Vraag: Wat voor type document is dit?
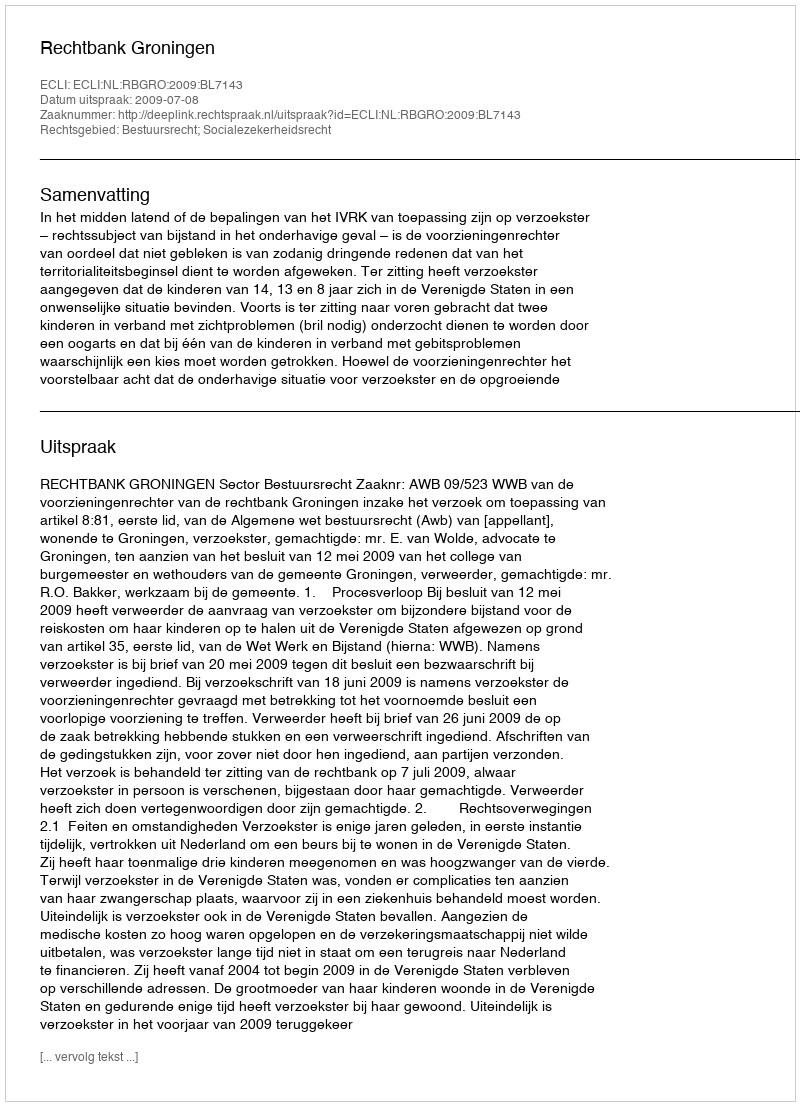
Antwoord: Uitspraak